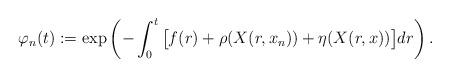
LaTeX: \begin{align*}\varphi_n(t):=\exp\left(-\int_0^t \big[f(r)+\rho(X(r,x_n))+\eta(X(r,x))\big]dr \right).\end{align*}